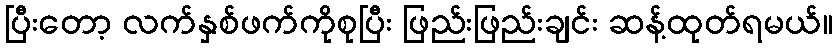
ပြီးတော့ လက်နှစ်ဖက်ကိုစုပြီး ဖြည်းဖြည်းချင်း ဆန့်ထုတ်ရမယ်။